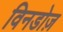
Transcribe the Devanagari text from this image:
विनडोज़